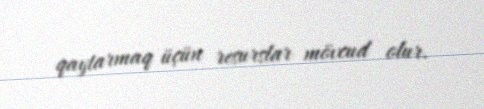
qaytarmaq üçün resurslar mövcud olur.